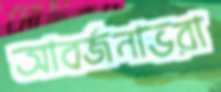
আবর্জনাভরা